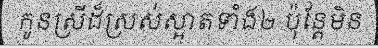
កូនស្រីដ៏ស្រស់ស្អាតទាំង២ ប៉ុន្តែមិន